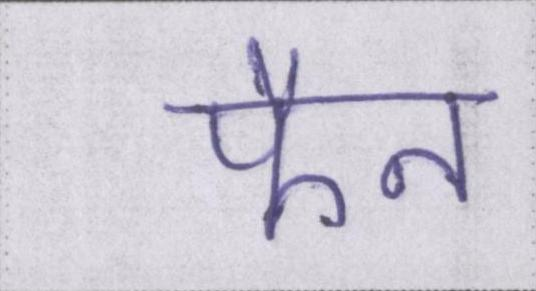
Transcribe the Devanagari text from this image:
फैन